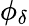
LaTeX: \phi_{\delta}